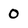
Character: 0